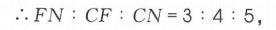
\(\therefore FN:CF:CN = 3:4:5\)，